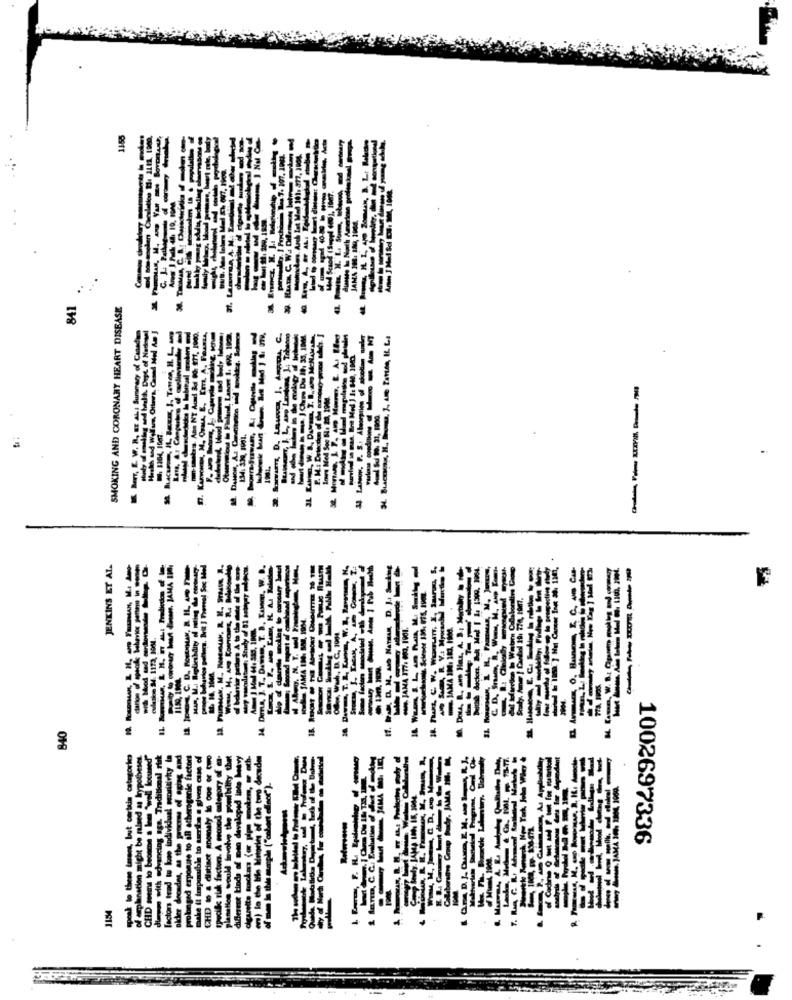
3. Tic
841
SMOKING AND CORONARY HEART DISEASE
D. KARowe, M. Onme, E, Em. A, FRANzA,
Observations to Finland, Lanere I. (98, 1962.
Nade
-------
: 1304, 1007
1:34: 330, 1901.
JENKINS ET AL.
Dora, J. T ., Dumm, T. D. Kasnon, W. D.
-
- JAMA IT7: 063, 1901
RY: Ny
culesbe 24. 1173, 1001.
---
T. R
14 DerLA,
840
F
of the two decades
7. JAMA 1984
1400.
1002697336
1154